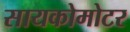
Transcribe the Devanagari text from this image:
सायकोमोटर